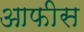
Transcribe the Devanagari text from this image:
आफीस